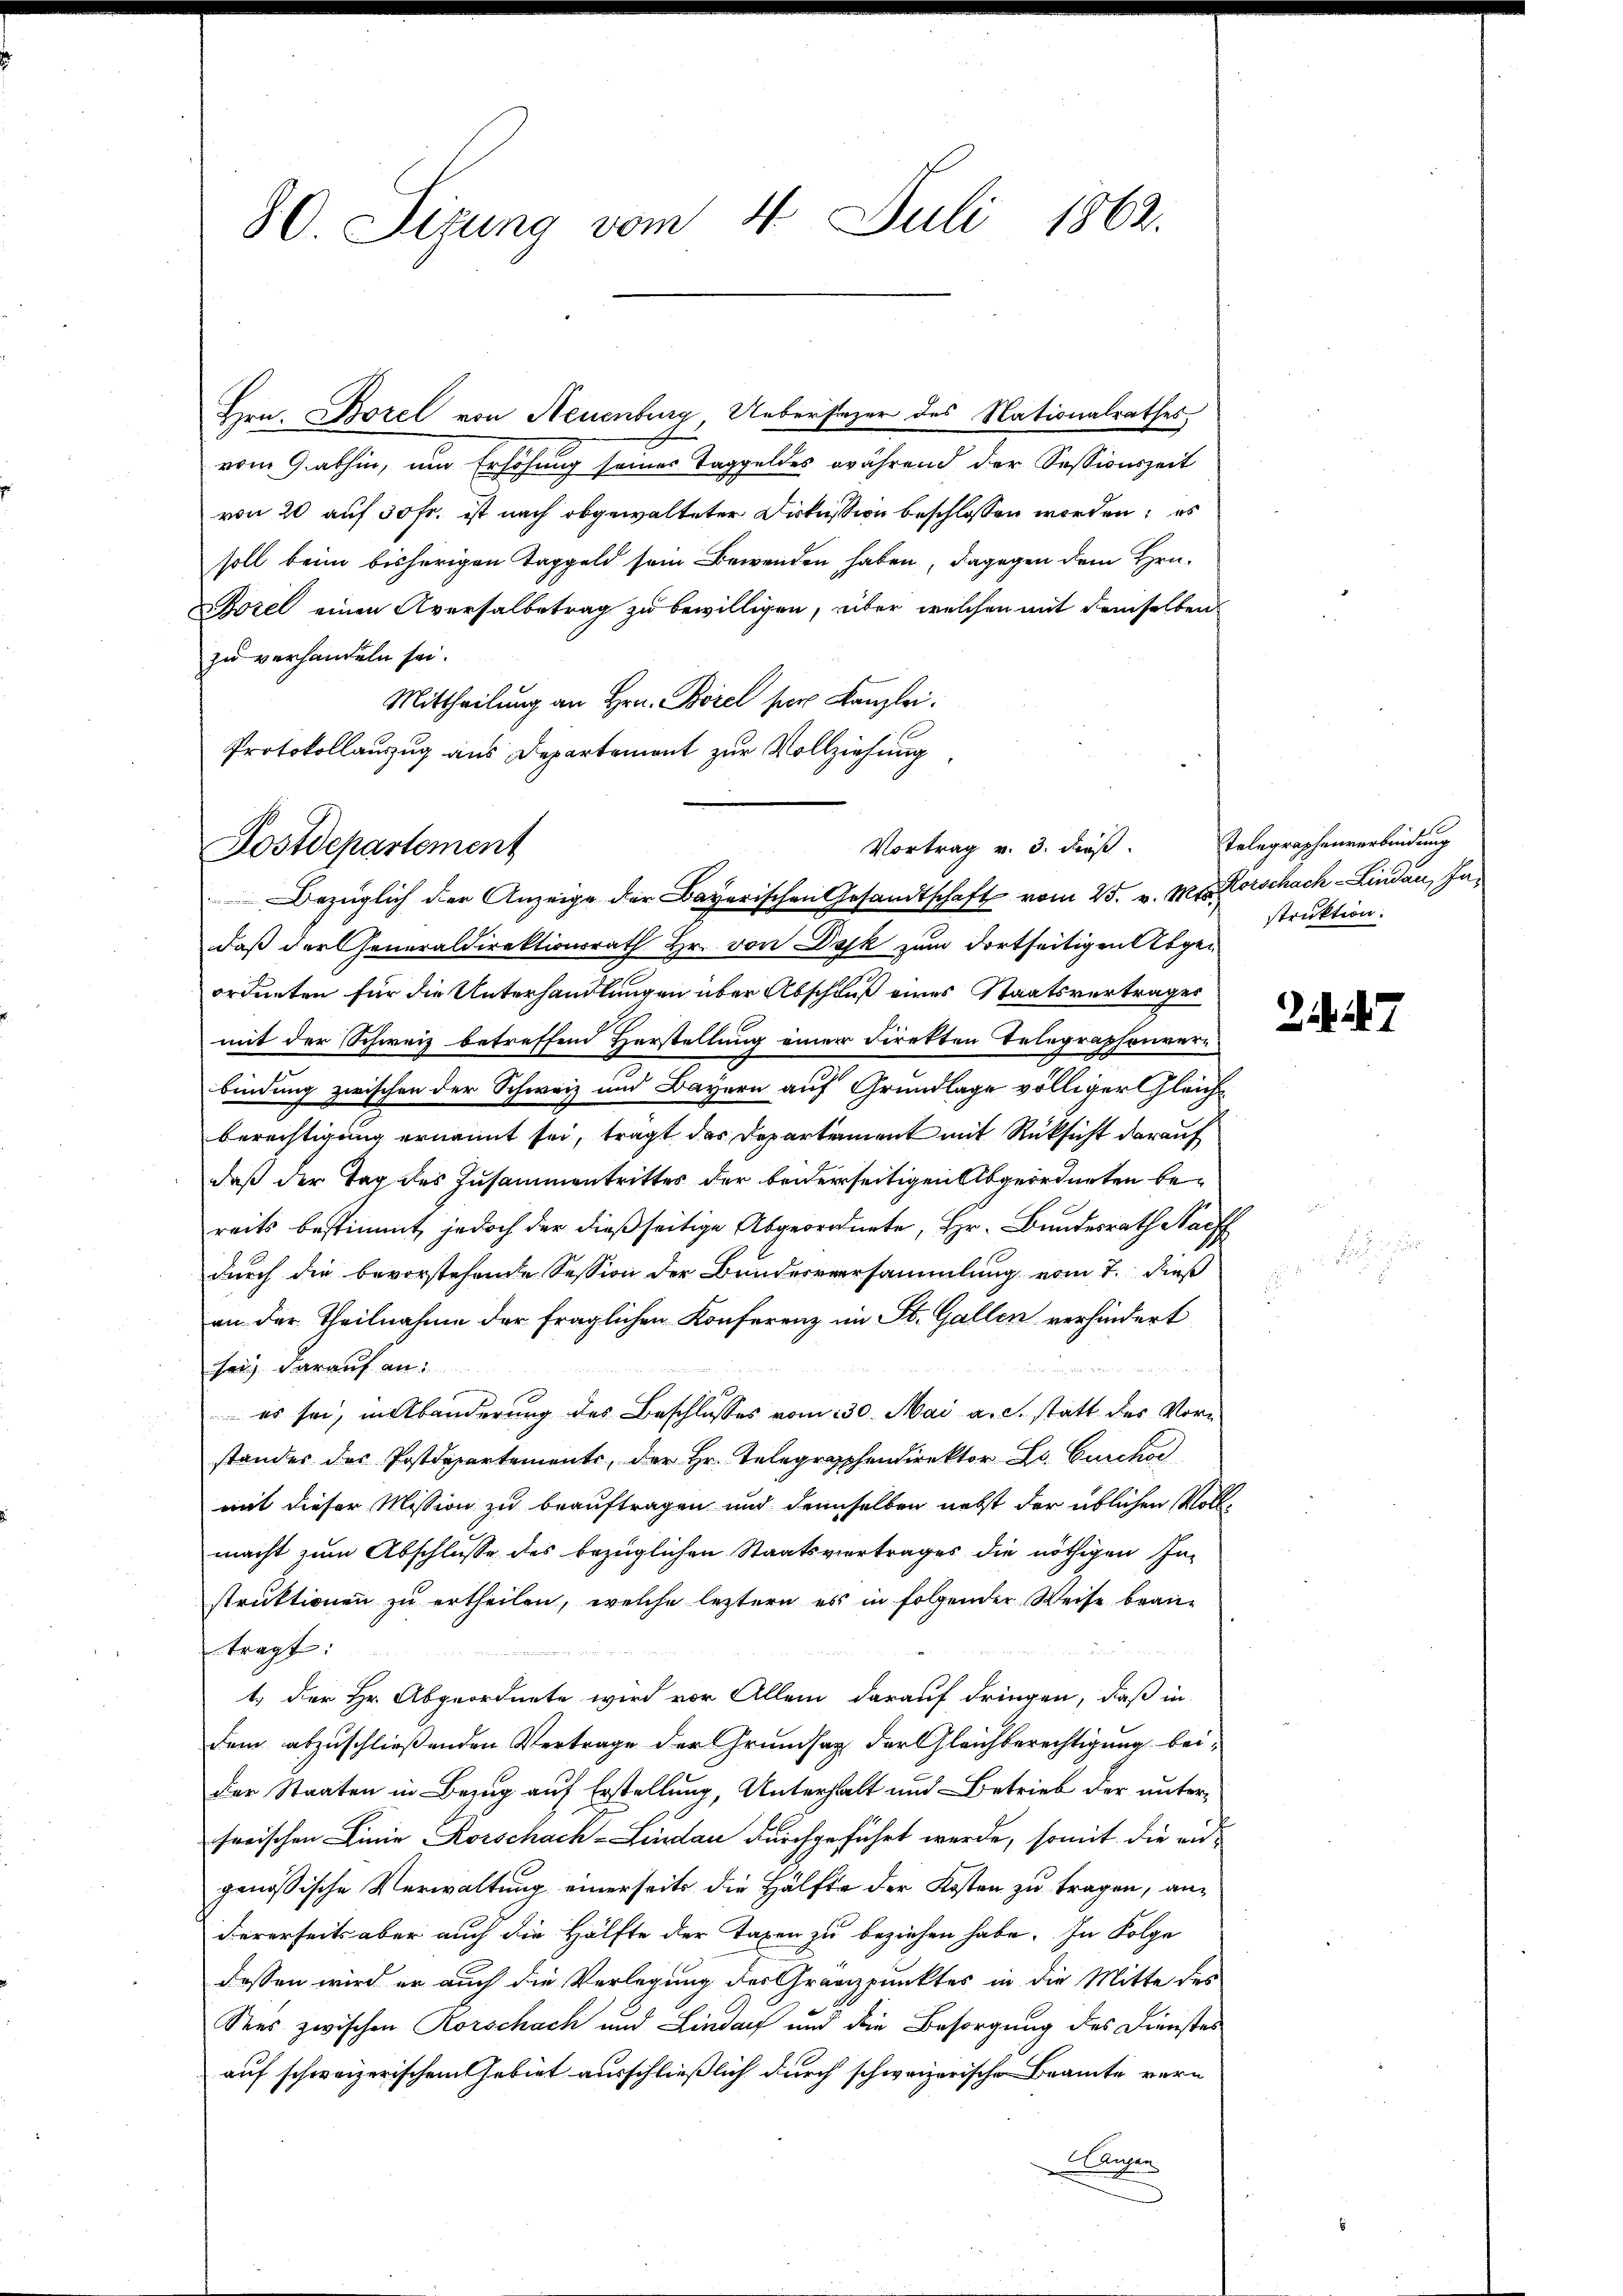
80. Sizung vom 4. Juli 1862.

Hrn. Borel von Neuenburg, Uebersezer des Nationalrathes,
vom 9. abhin, ein Erhöhung seines Taggeldes während der Sessionszeit
von 20 auf 30 Fr. ist nach abgewalteter Diskussion beschlossen worden; es
soll beim bisherigen Taggeld sein Bewenden haben, dagegen dem Hrn.
ozel einen Aversalbetrag zu bewilligen, über welchen mit demselben
zu verhandeln sei.
Mittheilung an Hrn. Borel per Kanzlei.
Protokollauszug aus Departement zur Vollziehung

Vortrag v. 3. dieß.
Postdepartement

Bezüglich der Anzeige der Bayerischen Gesandtschaft vom 25. v. M. Korschach-Lindau, Indaß der Generaldirektionsrath Hr. von Dosk zum dortseitigen Abgeordneten für die Unterhandlungen über Abschluß eines Staatsvertrages
mit der Schweiz betreffend Herstellung einer direkten Telegraphenvern
bindung zwischen der Schweiz und Bayern auf Grundlage völliger Gleich¬
Berechtigung ernannt sei, trägt das Departement mit Rücksicht darauf
daß der Tag des Zusammentrittes der beiderseitigen Abgeordneten bereits bestimmt, jedoch der dießseitige Abgeordnete, Hr. Bundesrath Nach
durch die bevorstehende Session der Bundesversammlung vom 7. dieß
an der Theilnahme der fraglichen Konferenz im St. Gallen verhindert
sei darauf an:
es sei, in Abänderung des Beschlusses vom 30. Mai a.c. statt des Vorstandes des Postdepartements, der Hr. Telegraphendirektor Dr. Curcha
mit dieser Mission zu beauftragen und denselben nebst der üblichen Vollmacht zum Abschlusse des bezüglichen Staatsvertrages die nöthigen Instruktionen zu ertheilen, welche leztern es in folgender Weise brautragt:
1. Der Hr. Abgeordnete wird vor Allem darauf dringen, daß in
dem abzuschließenden Vertrage der Grundsaz, der Gleichberechtigung beider Staaten in Bezug auf Erstellung, Unterhalt und Betrieb der unter-
sorischen Linie Rorschach-Lindau durchgeführt werde, somit die an-
genössische Verwaltung einerseits die Hälfte der Kosten zu tragen, andererseits aber auch die Hälfte der Taxen zu beziehen habe. In Folge
dessen wird er auch die Verlegung des Granzpunktes in die Mitte des
Sees zwischen Korschach und Lindarf und die Besorgung des Dienstes
auf schweizerischem Gebiet ausschließlich durch schweizerische Beamte vern
uun

Telegraphenverbindung
struktion.